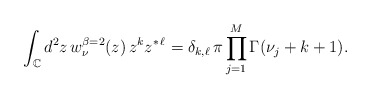
\begin{align*}\int_{\mathbb C}d^2z\, w_\nu^{\beta=2}(z)\,z^{k}z^{*\,\ell}=\delta_{k,\ell}\,\pi \prod_{j=1}^M\Gamma(\nu_j+k+1).\end{align*}